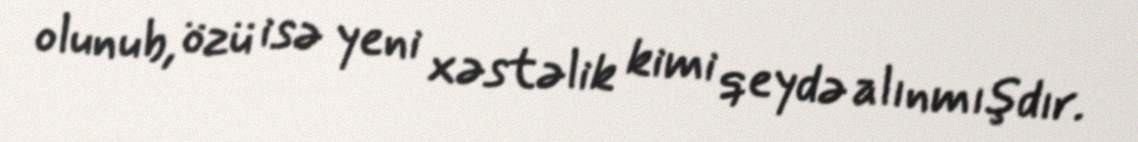
olunub, özü isə yeni xəstəlik kimi qeydə alınmışdır.